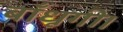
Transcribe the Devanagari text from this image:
बाँधूगी।